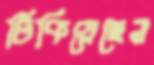
টিকিয়েছেন